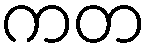
ကတ